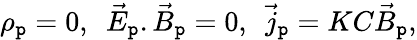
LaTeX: \rho_{\mathtt{p}}=0,\ \ \vec{{E}}_{\mathtt{p}}.\vec{{B}}_{\mathtt{p}}=0,\ \ \vec{{j}}_{\mathtt{p}}=KC\vec{{B}}_{\mathtt{p}},